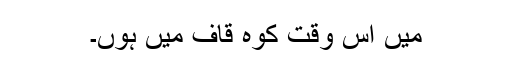
میں اس وقت کوہ قاف میں ہوں۔